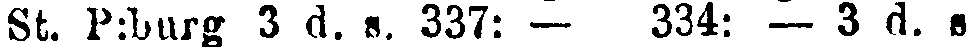
St. P:burg 3 d. i. 337: — 334: -3 d. s